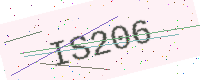
Text: IS206